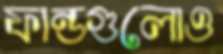
ফান্ডগুলোও